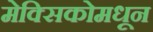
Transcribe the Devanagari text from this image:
मेक्सिकोमधून